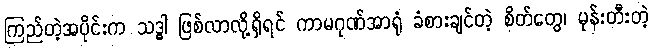
ကြည်တဲ့အပိုင်းက သဒ္ဓါ ဖြစ်လာလို့ရှိရင် ကာမဂုဏ်အာရုံ ခံစားချင်တဲ့ စိတ်တွေ၊ မုန်းတီးတဲ့